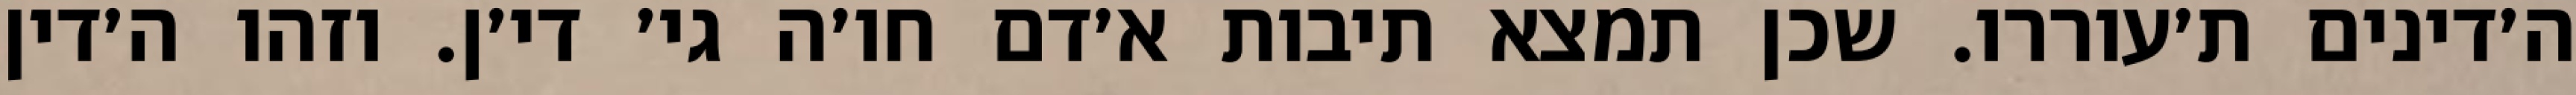
ה׳דינים ת׳עוררו. שכן תמצא תיבות א׳דם חו׳ה גי׳ די׳ן. וזהו ה׳דין